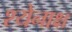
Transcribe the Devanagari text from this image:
श्येनाक्ष